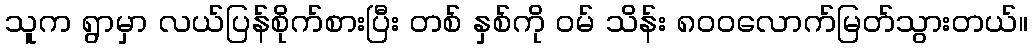
သူက ရွာမှာ လယ်ပြန်စိုက်စားပြီး တစ် နှစ်ကို ဝမ် သိန်း ၈၀၀လောက်မြတ်သွားတယ်။